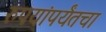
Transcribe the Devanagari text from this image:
रुपयांपर्यंतचा